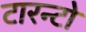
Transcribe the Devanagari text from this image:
टारन्टो